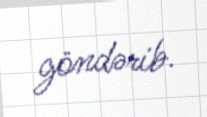
göndərib.